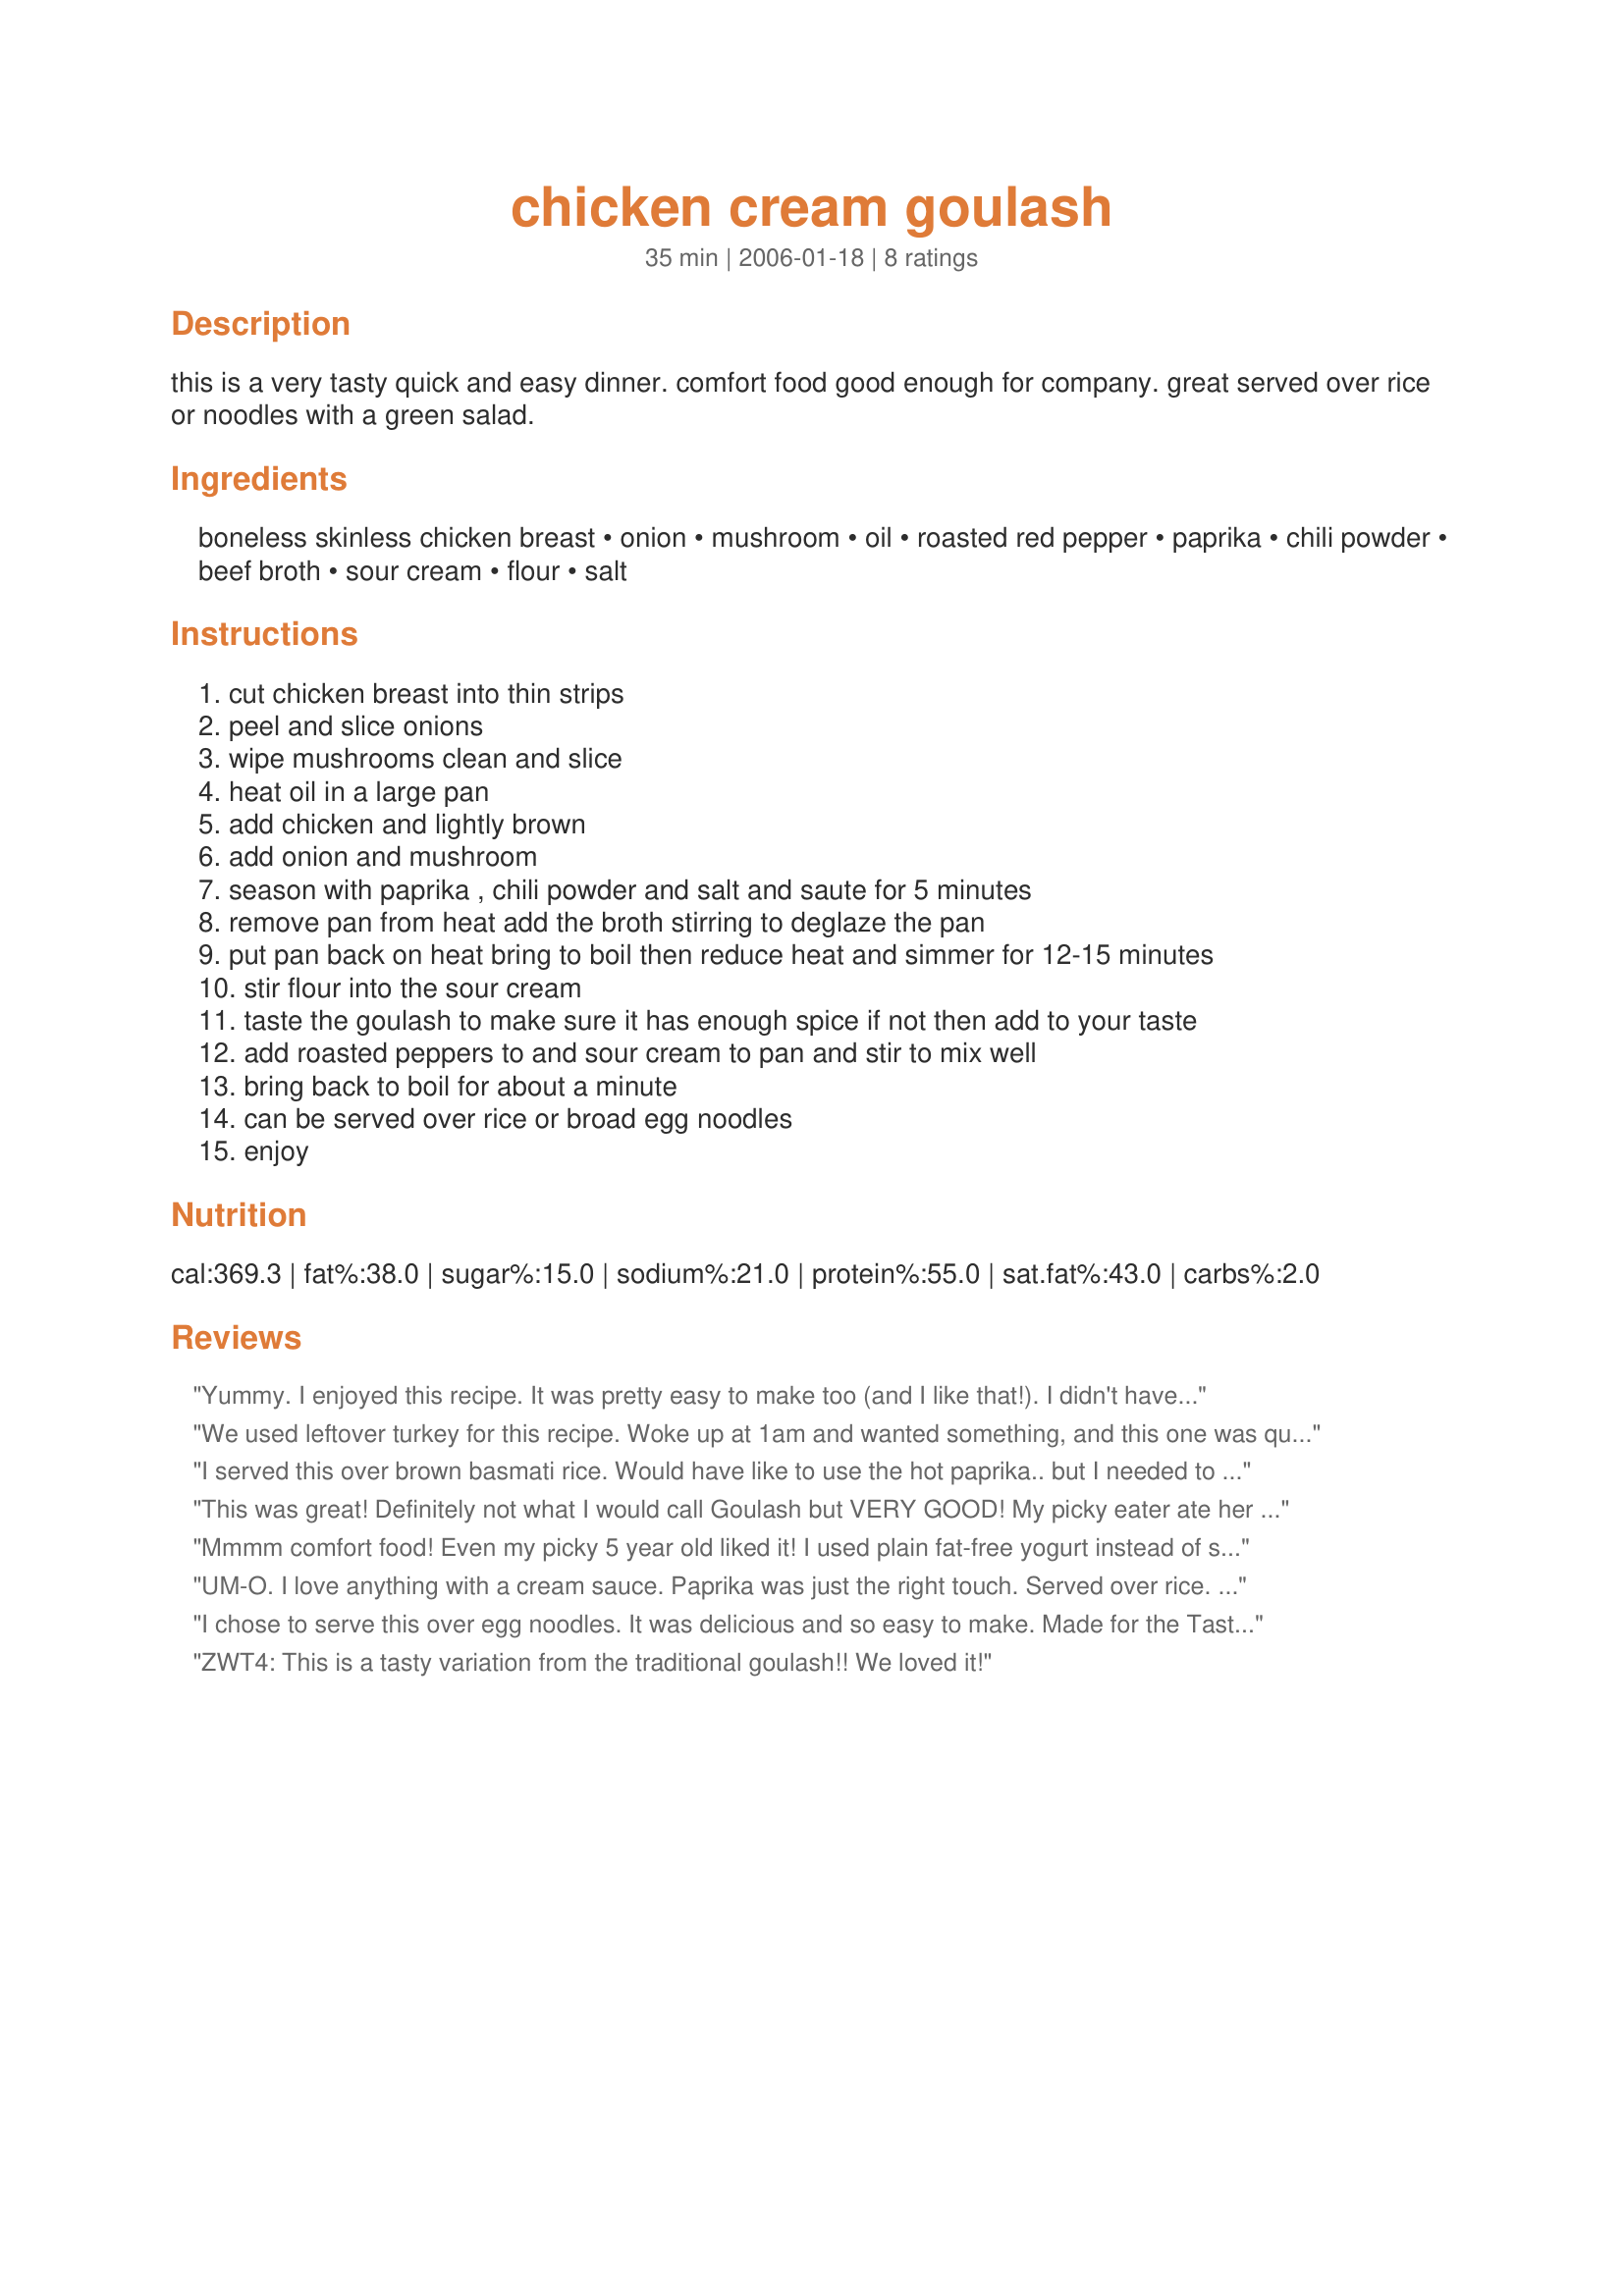
chicken cream goulash
Preparation time: 35 minutes

this is a very tasty quick and easy dinner. comfort food good enough for company. great served over rice or noodles with a green salad.

Ingredients:
boneless skinless chicken breast, onion, mushroom, oil, roasted red pepper, paprika, chili powder, beef broth, sour cream, flour, salt

Steps:
cut chicken breast into thin strips, peel and slice onions, wipe mushrooms clean and slice, heat oil in a large pan, add chicken and lightly brown, add onion and mushroom, season with paprika , chili powder and salt and saute for 5 minutes, remove pan from heat add the broth stirring to deglaze the pan, put pan back on heat bring to boil then reduce heat and simmer for 12-15 minutes, stir flour into the sour cream, taste the goulash to make sure it has enough spice if not then add to your taste, add roasted peppers to and sour cream to pan and stir to mix well, bring back to boil for about a minute, can be served over rice or broad egg noodles, enjoy

Reviews:
Yummy. I enjoyed this recipe. It was pretty easy to make too (and I like that!). I didn't have rice and my husband doesn't like pasta much, so I just served this on toast. Thanks for posting!
We used leftover turkey for this recipe. Woke up at 1am and wanted something, and this one was quick and easy to make. all the flavors blended extremely well. Definitely making this again!
Thanks Marlitt.
I served this over brown basmati rice. Would have like to use the hot paprika.. but I needed to make it toddler friendly.
This was great! Definitely not what I would call Goulash but VERY GOOD! My picky eater ate her entire serving and my oldest had a second helping! (That never happens when I cook, lol) Served over egg noodles cuz that's what I had, also I used jar of roasted red peppers from the store. Thanks for a great recipe!
Mmmm comfort food! Even my picky 5 year old liked it! I used plain fat-free yogurt instead of sour cream, used a jar of roasted red peppers, omitted the mushrooms as my kids won't eat them and I served it over whole wheat egg noodles. This will be in my regular rotation!
UM-O. I love anything with a cream sauce. Paprika was just the right touch. Served over rice. Made for Tastebud Tickling Travellers for ZWT4.
I chose to serve this over egg noodles. It was delicious and so easy to make. Made for the Tastebud Tickling Travellers during ZWT 4.
ZWT4: This is a tasty variation from the traditional goulash!! We loved it!
